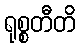
ရုစ္စတီတိ